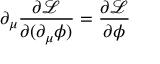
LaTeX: \partial _ { \mu } { \frac { \partial { \mathcal { L } } } { \partial ( \partial _ { \mu } \phi ) } } = { \frac { \partial { \mathcal { L } } } { \partial \phi } }